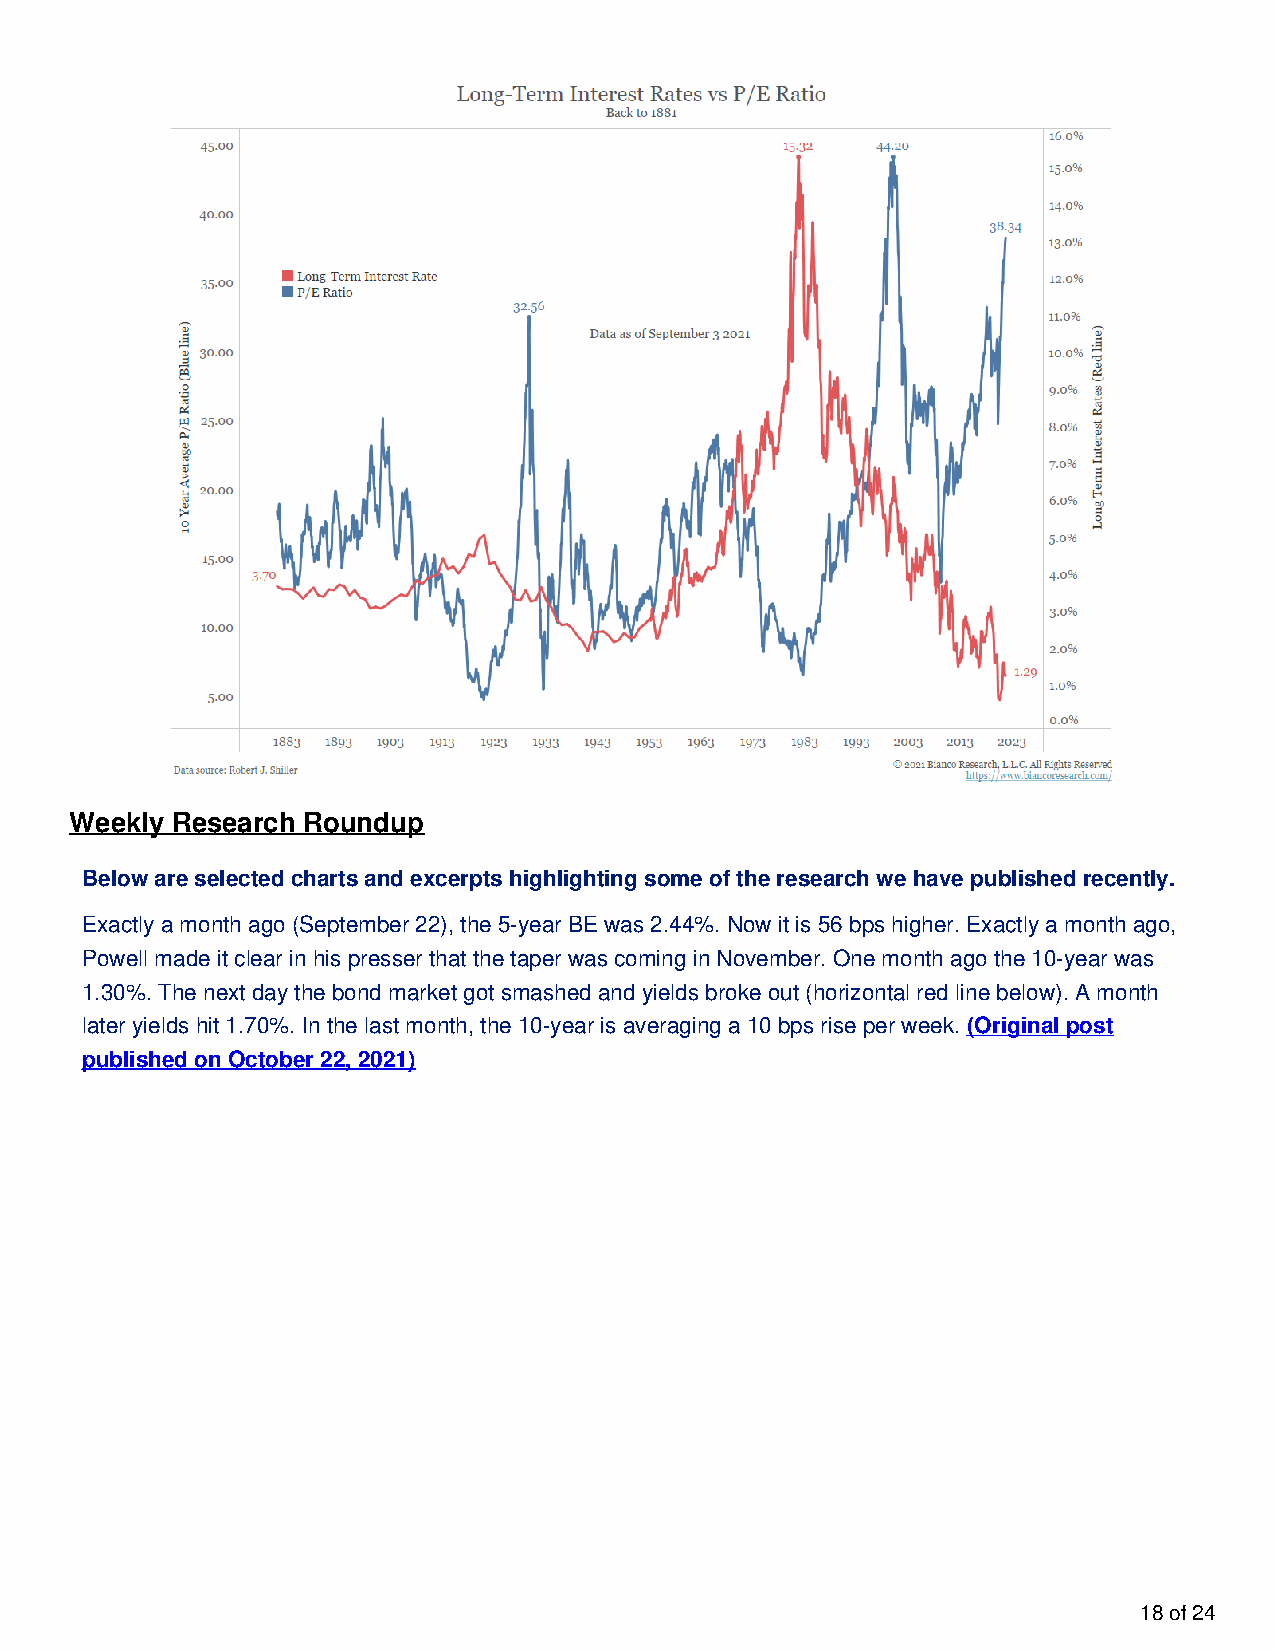
Weekly Research Roundup
 Below are selected charts and excerpts highlighting some of the research we have published recently.
 Exactly a month ago (September 22), the 5-year BE was 2.44%. Now it is 56 bps higher. Exactly a month ago,
 Powell made it clear in his presser that the taper was coming in November. One month ago the 10-year was
 1.30%. The next day the bond market got smashed and yields broke out (horizontal red line below). A month
 later yields hit 1.70%. In the last month, the 10-year is averaging a 10 bps rise per week. (Original post
 published on October 22, 2021)
 18 of 24